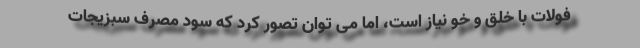
فولات با خلق و خو نیاز است، اما می توان تصور کرد که سود مصرف سبزیجات